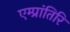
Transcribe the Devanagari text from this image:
एम्प्रांतिरि